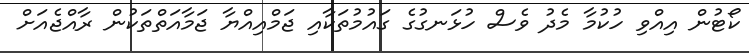
ކޯޓުން އިއްވި ހުކުމާ މެދު ވެސް ހުޅަނގުގެ ގައުމުތަކާއި ޖަމްއިއްޔާ ޖަމާއަތްތަކުން ރާއްޖެއަށް